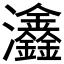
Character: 𤅺